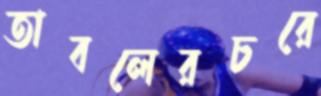
তাবলেরচরে